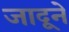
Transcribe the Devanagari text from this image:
जादूने